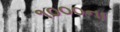
૧૦૦૦ના